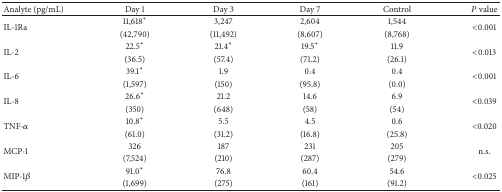
<table><thead><tr><td><b>Analyte (pg/mL) </b></td><td><b>Day 1</b></td><td><b>Day 3</b></td><td><b>Day 7</b></td><td><b>Control</b></td><td><b><i>P</i> value</b></td></tr></thead><tbody><tr><td rowspan="2">IL-1Ra</td><td>11,618*</td><td>3,247</td><td>2,604</td><td>1,544</td><td rowspan="2">&lt;0.001</td></tr><tr><td>(42,790)</td><td>(11,492)</td><td>(8,607)</td><td>(8,768)</td></tr><tr><td rowspan="2">IL-2</td><td>22.5*</td><td>21.4*</td><td>19.5*</td><td>11.9</td><td rowspan="2">&lt;0.013</td></tr><tr><td>(36.5)</td><td>(57.4)</td><td>(71.2)</td><td>(26.1)</td></tr><tr><td rowspan="2">IL-6</td><td>39.1*</td><td>1.9</td><td>0.4</td><td>0.4</td><td rowspan="2">&lt;0.001</td></tr><tr><td>(1,597)</td><td>(150)</td><td>(95.8)</td><td>(0.0)</td></tr><tr><td rowspan="2">IL-8</td><td>26.6*</td><td>21.2</td><td>14.6</td><td>6.9</td><td rowspan="2">&lt;0.039</td></tr><tr><td>(350)</td><td>(648)</td><td>(58)</td><td>(54)</td></tr><tr><td rowspan="2">TNF-<i>α</i></td><td>10.8*</td><td>5.5</td><td>4.5</td><td>0.6</td><td rowspan="2">&lt;0.020</td></tr><tr><td>(61.0)</td><td>(31.2)</td><td>(16.8)</td><td>(25.8)</td></tr><tr><td rowspan="2">MCP-1</td><td>326</td><td>187</td><td>231</td><td>205</td><td rowspan="2">n.s.</td></tr><tr><td>(7,524)</td><td>(210)</td><td>(287)</td><td>(279)</td></tr><tr><td rowspan="2">MIP-1<i>β</i></td><td>91.0*</td><td>76.8</td><td>60.4</td><td>54.6</td><td rowspan="2">&lt;0.025</td></tr><tr><td>(1,699)</td><td>(275)</td><td>(161)</td><td>(91.2)</td></tr></tbody></table>